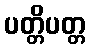
ပတ္တိပတ္တ